Scottish Leaving Certificate Examination, 1952
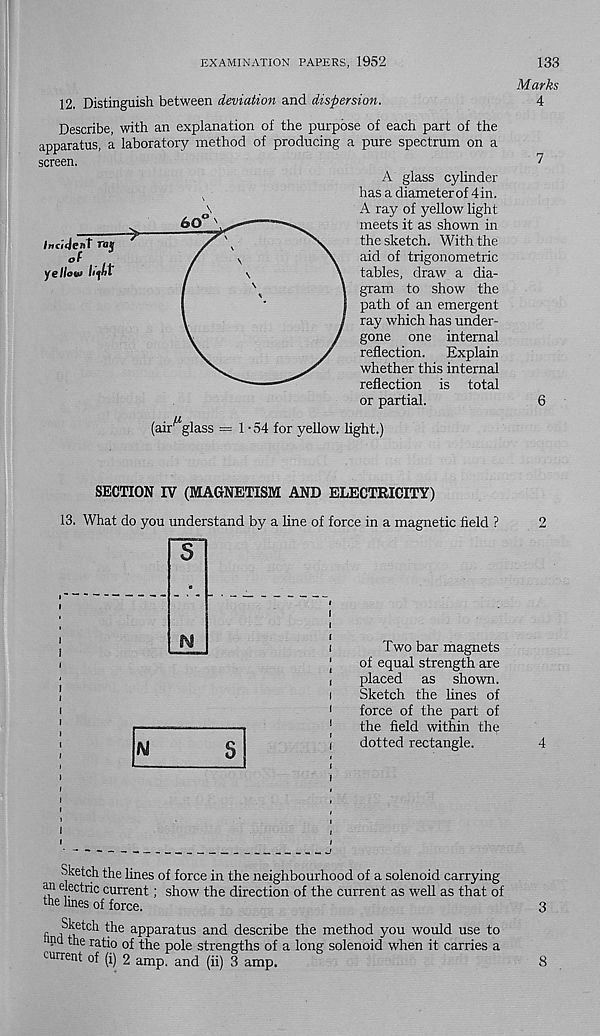
EXAMINATION PAPERS, 1952
133
Marks
12, Distinguish between deviation and dispersion.
4
Describe, with an explanation of the purpose of each part of the
apparatus, a laboratory method of producing a pure spectrum on a
screen.
A glass cylinder
has a diameterof 4in.
A ray of yellow light
meets it as shown in
the sketch. With the
aid of trigonometric
tables, draw a dia-
gram to show the
path of an emergent
ray which has under-
gone one internal
reflection. Explain
whether this internal
reflection is total
or partial.
(air^glass = 1-54 for yellow light.)
SECTION IV (MAGNETISM AND ELECTRICITY)
13. What do you understand by a line of force in a magnetic field ?
2
Two bar magnets
of equal strength are
placed as shown.
Sketch the lines of
force of the part of
the field within the
dotted rectangle.
4
Sketch the fines of force in the neighbourhood of a solenoid carrying
an electric current; show the direction of the current as well as that of
the lines of force.
f
a PP ara t us an( i describe the method you would use to
ind the ratio of the pole strengths of a long solenoid when it carries a
current of (i) 2 amp and (ii) 3 amp.
3
8
7